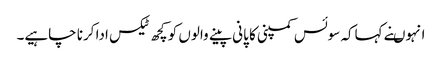
انہوںنے کہاکہ سوئس کمپنی کا پانی پینے والوں کو کچھ ٹیکس ادا کرنا چاہیے۔